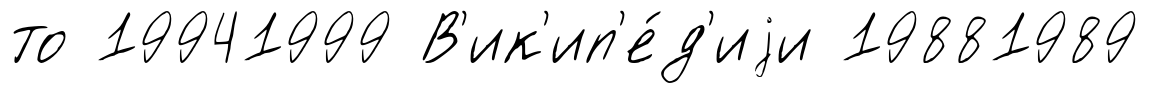
то 19941999 В'ик'ип'е́д'иjи 19881989